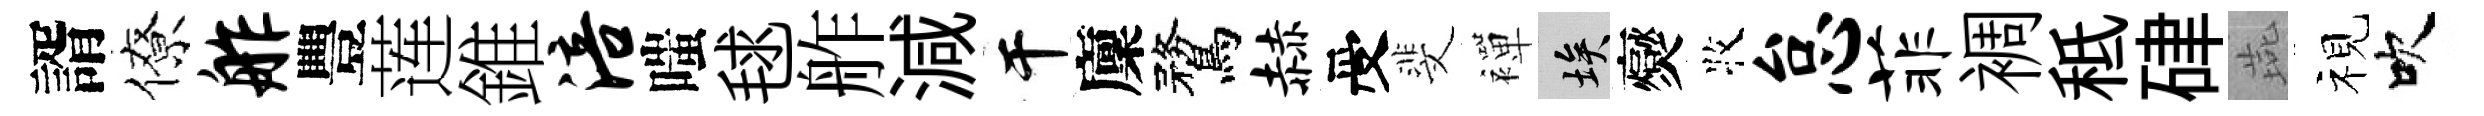
諝僚舴豐莲錐涪嗤毬舴減干廩鶩赫受斐襌埃爕牧怠菲裯秪硉燕视吹